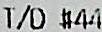
T/D #44